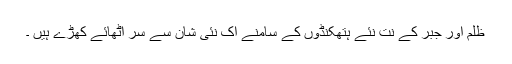
ظلم اور جبر کے نت نئے ہتھکنڈوں کے سامنے اک نئی شان سے سر اٹھائے کھڑے ہیں ۔